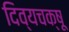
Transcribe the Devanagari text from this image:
दिव्यचक्षू